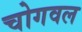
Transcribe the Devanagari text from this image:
चोगवल